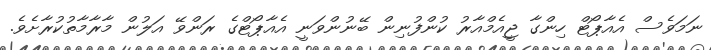
ނަމަވެސް އެއާޕޯޓް ހިންގާ ޖީއެމްއާރު ކުންފުނިން ބޭނުންވަނީ އެއާޕޯޓްގެ ރަންވޭ އަލުން މާރާމާތުކުރާށެވެ.